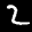
Label: 2